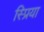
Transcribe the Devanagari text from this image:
स्प्रिया